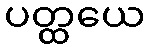
ပတ္ထယေ